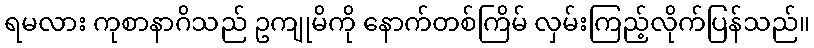
ရမလား ကုစာနာဂိသည် ဥကျုမိကို နောက်တစ်ကြိမ် လှမ်းကြည့်လိုက်ပြန်သည်။